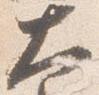
大